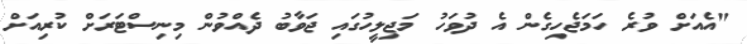
"އެއަށް ވުރެ ހަމަޖެހިގެން އެ ދުވަހު މަޖިލީހުގައި ޖަވާބު ދެއްވުން މިނިސްޓަރަށް ކުރިއަށް